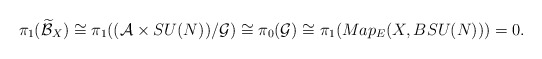
\begin{align*}\pi_{1}(\widetilde{\mathcal{B}}_{X})\cong\pi_{1}((\mathcal{A}\times SU(N))/\mathcal{G})\cong\pi_{0}(\mathcal{G})\cong \pi_{1}(Map_{E}(X,BSU(N)))=0. \end{align*}